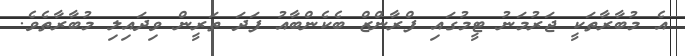
އެ މުބާރާތަކީ ޖަރުމަނު ޓީމުގައި ފްރާންޒް ބެކެންބާއު ފަދަ ތަރީން ވިދައިލި މުބާރާތެވެ.